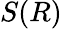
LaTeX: S(R)